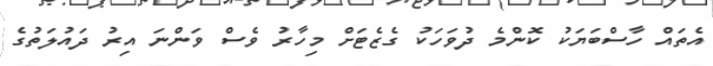
އެތައް ހާސްބަޔަކު ކޮންމެ ދުވަހަކު ގެޒެޓަށް މިހާރު ވެސް ވަންނަ އިރު ދައުލަތުގެ